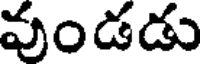
వుండడు